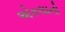
એકલાનો